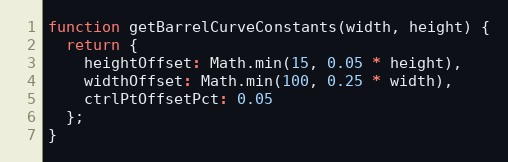
Language: JavaScript
function getBarrelCurveConstants(width, height) {
  return {
    heightOffset: Math.min(15, 0.05 * height),
    widthOffset: Math.min(100, 0.25 * width),
    ctrlPtOffsetPct: 0.05
  };
}